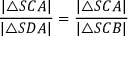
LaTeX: { \frac { | \triangle S C A | } { | \triangle S D A | } } = { \frac { | \triangle S C A | } { | \triangle S C B | } }